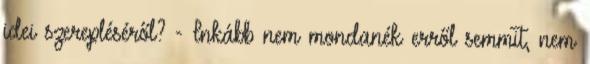
idei szerepléséről? - Inkább nem mondanék erről semmit, nem